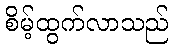
စိမ့်ထွက်လာသည်